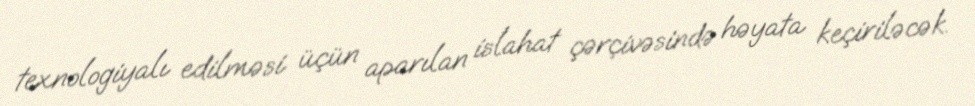
texnologiyalı edilməsi üçün aparılan islahat çərçivəsində həyata keçiriləcək.